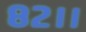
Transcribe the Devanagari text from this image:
८२।।